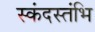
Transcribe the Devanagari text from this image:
स्कंदस्तंभि